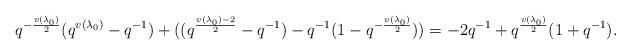
LaTeX: \begin{align*} q^{-\frac{v(\lambda_0)}{2}}(q^{v(\lambda_0)}-q^{-1}) + ((q^{\frac{v(\lambda_0)-2}{2}}-q^{-1})-q^{-1}(1-q^{-\frac{v(\lambda_0)}{2}})) = -2q^{-1}+q^{\frac{v(\lambda_0)}{2}}(1+q^{-1}).\end{align*}